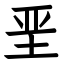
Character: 垩